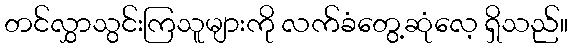
တင်လွှာသွင်းကြသူများကို လက်ခံတွေ့ဆုံလေ့ ရှိသည်။